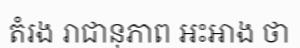
តំរង រាជានុភាព អះអាង ថា